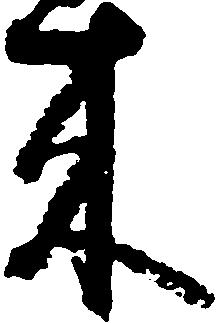
来